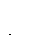
ဦးထိ